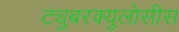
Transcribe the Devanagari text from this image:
ट्युबरक्युलोसीस